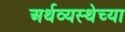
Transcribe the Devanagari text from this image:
अर्थव्यस्थेच्या